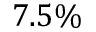
7 . 5 \%